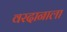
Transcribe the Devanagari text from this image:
वरदानाला